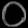
Digit: ၀